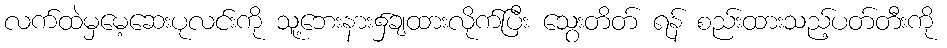
လက်ထဲမှမေ့ဆေးပုလင်းကို သူ့ဘေးနား၌ချထားလိုက်ပြီး သွေးတိတ် ရန် စည်းထားသည့်ပတ်တီးကို